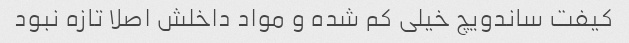
کیفت ساندویچ خیلی کم شده و مواد داخلش اصلا تازه نبود